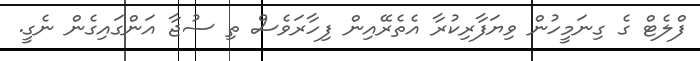
ފްލެޓް ގެ ގިނަމީހުން ވިޔަފާރިކުރާ އެތެރޭއިން ފިހާރަވެސް ތި ސުޖާ އަންގައިގެން ނެގީ.